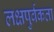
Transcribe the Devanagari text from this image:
लक्षपुर्वकता